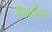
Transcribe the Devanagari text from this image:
नैबटीयन